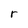
Character: r